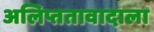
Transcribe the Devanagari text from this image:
अलिप्ततावादाला